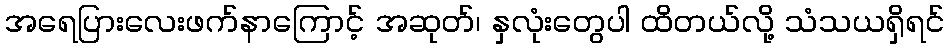
အရေပြားလေးဖက်နာကြောင့် အဆုတ်၊ နှလုံးတွေပါ ထိတယ်လို့ သံသယရှိရင်